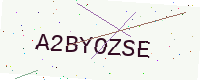
Text: A2BYOZSE